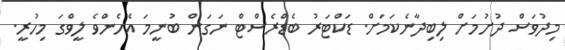
މިދުވަސް ދުށުމަށް ލިބިދާނެކަމަށް. ޑަކްޓަރު ބެޑްރެސްޓް ނަގަން ބުނީމަ އެހެންވެ ލީވްގަ މިހުރީ.